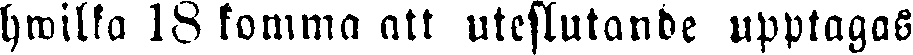
hwilka 18 komma att uteslutande upptagas